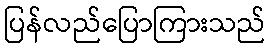
ပြန်လည်ပြောကြားသည်